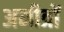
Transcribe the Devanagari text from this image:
अमीत्रों